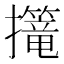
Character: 𢹈